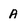
Character: A